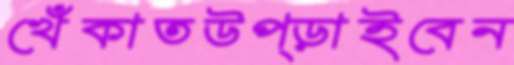
খেঁকাতউপ্‌ড়াইবেন